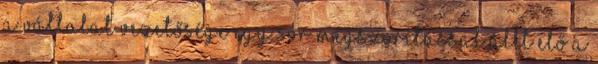
a vállalat vezetősége egy sor megszorítással állt elő a